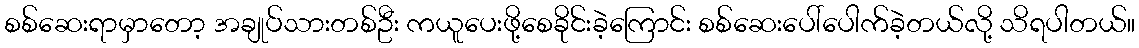
စစ်ဆေးရာမှာတော့ အချုပ်သားတစ်ဦး ကယူပေးဖို့စေခိုင်းခဲ့ကြောင်း စစ်ဆေးပေါ်ပေါက်ခဲ့တယ်လို့ သိရပါတယ်။